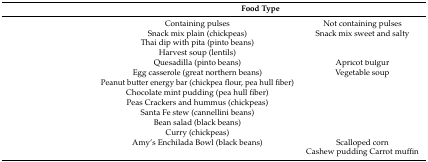
<table><thead><tr><td>[EMPTY_CELL]</td><td colspan="2"><b>Food Type</b></td></tr></thead><tbody><tr><td>[EMPTY_CELL]</td><td>Containing pulses</td><td>Not containing pulses</td></tr><tr><td>[EMPTY_CELL]</td><td>Snack mix plain (chickpeas)</td><td>Snack mix sweet and salty</td></tr><tr><td>[EMPTY_CELL]</td><td>Thai dip with pita (pinto beans)</td><td>[EMPTY_CELL]</td></tr><tr><td>[EMPTY_CELL]</td><td>Harvest soup (lentils)</td><td>[EMPTY_CELL]</td></tr><tr><td>[EMPTY_CELL]</td><td>Quesadilla (pinto beans)</td><td>Apricot bulgur</td></tr><tr><td>[EMPTY_CELL]</td><td>Egg casserole (great northern beans)</td><td>Vegetable soup</td></tr><tr><td>[EMPTY_CELL]</td><td>Peanut butter energy bar (chickpea flour, pea hull fiber)</td><td>[EMPTY_CELL]</td></tr><tr><td>[EMPTY_CELL]</td><td>Chocolate mint pudding (pea hull fiber)</td><td>[EMPTY_CELL]</td></tr><tr><td>[EMPTY_CELL]</td><td>Peas Crackers and hummus (chickpeas)</td><td>[EMPTY_CELL]</td></tr><tr><td>[EMPTY_CELL]</td><td>Santa Fe stew (cannellini beans)</td><td>[EMPTY_CELL]</td></tr><tr><td>[EMPTY_CELL]</td><td>Bean salad (black beans)</td><td>[EMPTY_CELL]</td></tr><tr><td>[EMPTY_CELL]</td><td>Curry (chickpeas)</td><td>[EMPTY_CELL]</td></tr><tr><td>[EMPTY_CELL]</td><td>Amy’s Enchilada Bowl (black beans)</td><td>Scalloped corn</td></tr><tr><td>[EMPTY_CELL]</td><td>[EMPTY_CELL]</td><td>Cashew pudding Carrot muffin</td></tr></tbody></table>